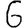
Digit: 6